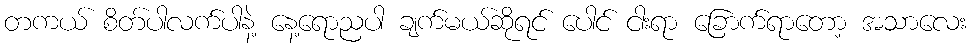
တကယ် စိတ်ပါလက်ပါနဲ့ နေ့ရောညပါ ချက်မယ်ဆိုရင် ပေါင် ငါးရာ ခြောက်ရာတော့ အသာလေး